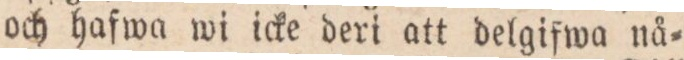
och hafwa wi icke deri att delgifwa nå=